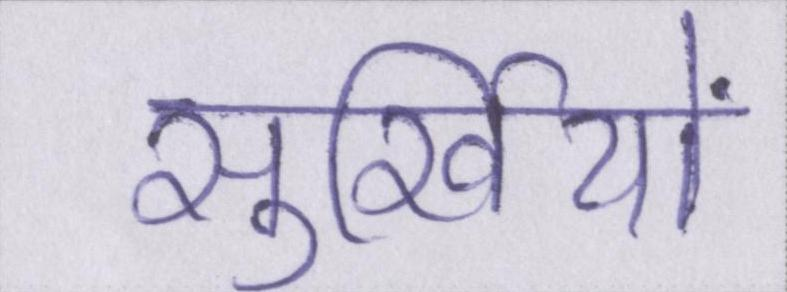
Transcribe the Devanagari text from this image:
सुर्खियों